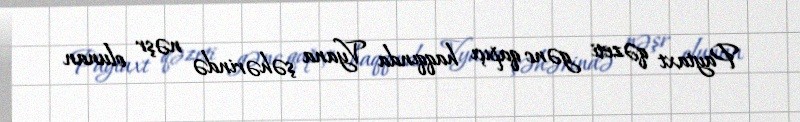
Paytaxt qəzeti gənc qapıçı haqqında Vyana şəhərində nəşr olunan